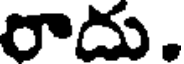
రాదు.